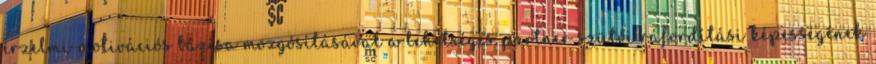
érzelmi-motivációs bázisa mozgósításával a lehetséges partner szülői ráfordítási képességének